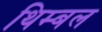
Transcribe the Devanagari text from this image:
थिम्बल